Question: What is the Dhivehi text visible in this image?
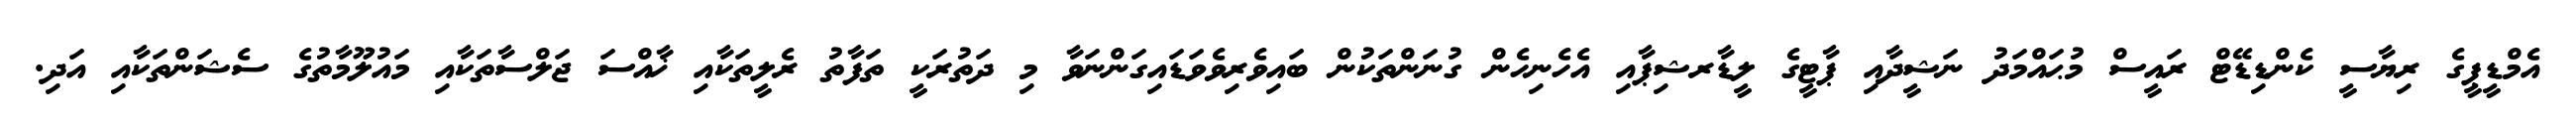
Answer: އެމްޑީޕީގެ ރިޔާސީ ކެންޑިޑޭޓް ރައީސް މުޙައްމަދު ނަޝީދާއި ޕާޓީގެ ލީޑާރޝިޕާއި އެހެނިހެން ގުނަންތަކުން ބައިވެރިވެވަޑައިގަންނަވާ މި ދަތުރަކީ ތަފާތު ރެލީތަކާއި ޚާއްސަ ޖަލްސާތަކާއި މައުލޫމާތުގެ ސެޝަންތަކާއި އަދި.